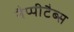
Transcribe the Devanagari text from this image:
नैप्पीटैब्स